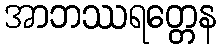
အာဘဿရတ္တေန